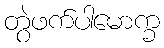
တွဲဖက်ပါမောက္ခ